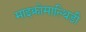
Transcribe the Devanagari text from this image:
माइक्रोमाल्थिडी